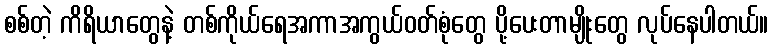
စစ်တဲ့ ကိရိယာတွေနဲ့ တစ်ကိုယ်ရေအကာအကွယ်ဝတ်စုံတွေ ပို့ပေးတာမျိုးတွေ လုပ်နေပါတယ်။